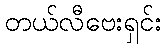
တယ်လီဗေးရှင်း